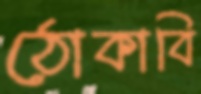
ঠোকাবি